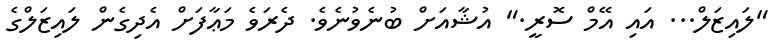
"ލައިޒަލް... އައި އޭމް ސޮރީ." އުޝާއަށް ބުނެވުނެވެ. ދެރަވެ މަޢާފަށް އެދިގެން ލައިޒަލްގެ